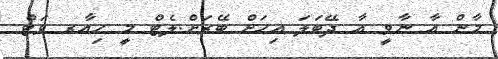
މާން އާ ނާވީ އާ ދޭބަލަ އިހަށް ބޭރަށް.ލެޓް މީ ހިއާރ ވަޓް